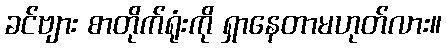
ခင်ဗျား စာတိုက်ရုံးကို ရှာနေတာမဟုတ်လား။